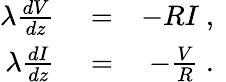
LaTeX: \begin{array}{rlr}{\lambda\frac{dV}{dz}}&{{}=}&{-RI\mathrm{~,~}}\\ {\lambda\frac{dI}{dz}}&{{}=}&{-\frac{V}{R}\mathrm{~.~}}\end{array}